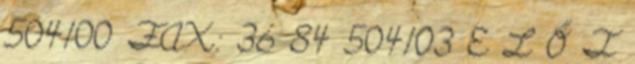
504100 FAX: 36 84 504103 E L Ő T